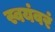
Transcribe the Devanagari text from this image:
स्वयंवरं